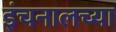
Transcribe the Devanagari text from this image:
इंचनालच्या